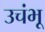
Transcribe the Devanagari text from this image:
उचंभू